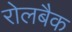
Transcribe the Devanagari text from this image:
रोलबैक